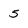
Character: 5